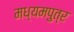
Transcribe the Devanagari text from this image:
मध्यमपुत्र